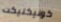
كونيكتيكت